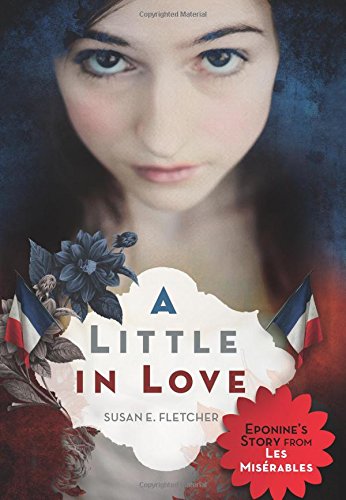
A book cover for A Little in Love; Susan E. Fletcher; Teen & Young Adult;